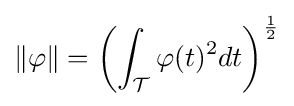
\Vert \mathbf {\varphi } \Vert =\left(\int _{\mathcal {T}}\varphi (t)^{2}dt\right)^{\frac {1}{2}}